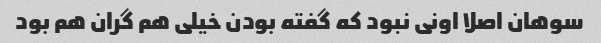
سوهان اصلا اونی نبود که گفته بودن خیلی هم گران هم بود